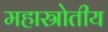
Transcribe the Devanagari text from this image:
महास्रोतीय